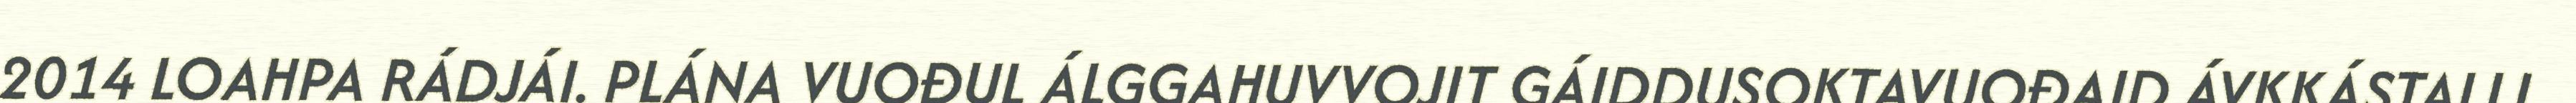
2014 LOAHPA RÁDJÁI. PLÁNA VUOĐUL ÁLGGAHUVVOJIT GÁIDDUSOKTAVUOĐAID ÁVKKÁSTALLI